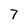
Character: 7